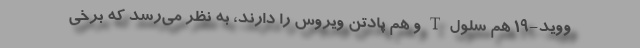
ووید-۱۹ هم سلول T و هم پادتن ویروس را دارند، به نظر می‌رسد که برخی